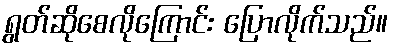
ရွတ်ဆိုစေလိုကြောင်း ပြောလိုက်သည်။